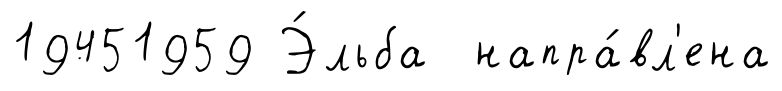
19451959 Э́льба напра́вл'ена